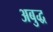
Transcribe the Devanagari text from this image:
अबुद्ध